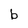
Character: b